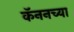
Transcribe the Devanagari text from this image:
कॅननच्या